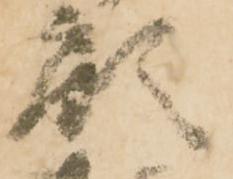
顧